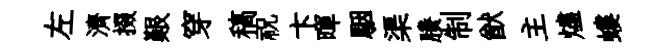
左濟掇艱穿稿祝卞暉駰渠賸制猷主燼螻